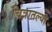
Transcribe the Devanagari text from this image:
चित्रातल्या